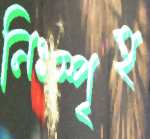
নিঃস্পৃহ